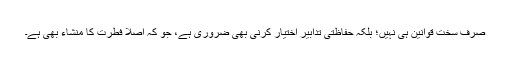
صرف سخت قوانین ہی نہیں؛ بلکہ حفاظتی تدابیر اختیار کرنی بھی ضروری ہے، جو کہ اصلاً فطرت کا منشاء بھی ہے۔